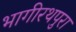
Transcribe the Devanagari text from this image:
भागीरथपुरा